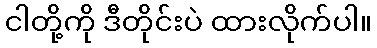
ငါတို့ကို ဒီတိုင်းပဲ ထားလိုက်ပါ။